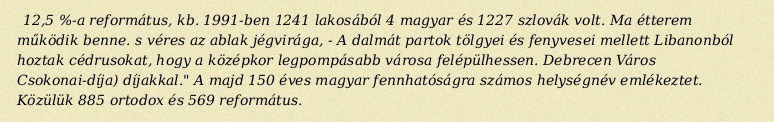
12,5 %-a református, kb. 1991-ben 1241 lakosából 4 magyar és 1227 szlovák volt. Ma étterem működik benne. s véres az ablak jégvirága, - A dalmát partok tölgyei és fenyvesei mellett Libanonból hoztak cédrusokat, hogy a középkor legpompásabb városa felépülhessen. Debrecen Város Csokonai-díja) díjakkal." A majd 150 éves magyar fennhatóságra számos helységnév emlékeztet. Közülük 885 ortodox és 569 református.